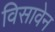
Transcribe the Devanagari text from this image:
विसावेन